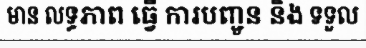
មាន លទ្ធភាព ធ្វើ ការបញ្ជូន និង ទទួល